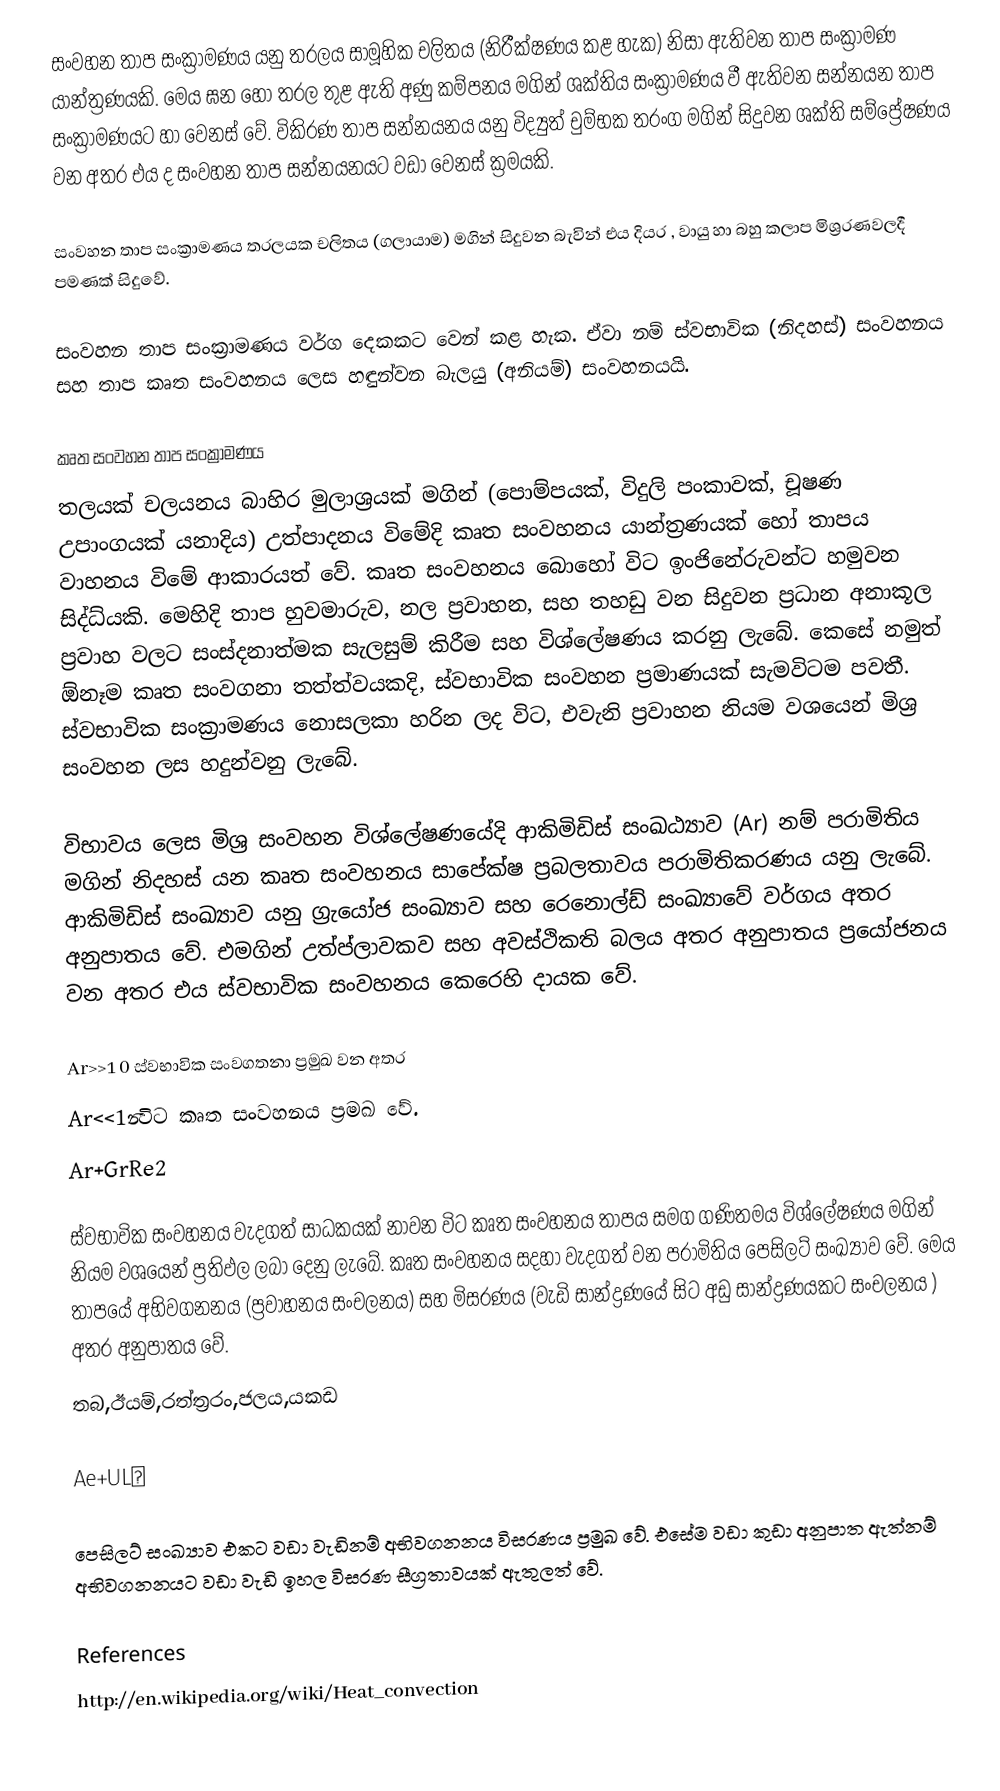
සංවහන තාප සංක්‍රාමණය යනු තරලය සාමූහික චලිතය (නිරීක්ෂණය කළ හැක) නිසා ඇතිවන තාප සංක්‍රාමණ යාන්ත්‍රණයකි. මෙය ඝන හෝ තරල තුළ ඇති අණු කම්පනය මගින් ශක්තිය සංක්‍රාමණය වී ඇතිවන සන්නයන තාප සංක්‍රාමණයට  හා වෙනස් වේ. විකිරණ තාප සන්නයනය යනු විද්‍යුත් චුම්භක තරංග මගින් සිදුවන ශක්ති සම්ප්‍රේෂණය වන අතර එය ද සංවහන තාප සන්නයනයට වඩා වෙනස් ක්‍රමයකි.

සංවහන තාප සංක්‍රාමණය තරලයක චලිතය (ගලායාම) මගින් සිදුවන බැවින් එය දියර , වායු හා බහු කලාප මිශ්‍රරණවලදී පමණක් සිදුවේ.

සංවහන තාප සංක්‍රාමණය වර්ග දෙකකට වෙන් කළ හැක. ඒවා නම් ස්වභාවික (නිදහස්) සංවහනය සහ තාප කෘත සංවහනය ලෙස හඳුන්වන බැලයු  (අනියම්)  සංවහනයයි.

කෘත සංවහන තාප සංක්‍රාමණය
තලයක් චලයනය බාහිර මුලාශ්‍රයක් මගින් (පොම්පයක්, විදුලි පංකාවක්, චූෂණ උපාංගයක් යනාදිය) උත්පාදනය විමේදි කෘත සංවහනය යාන්ත්‍රණයක් හෝ තාපය වාහනය විමේ ආකාරයත් වේ. කෘත සංවහනය බොහෝ විට ඉංජිනේරුවන්ට හමුවන සිද්ධ්යකි. මෙහිදි තාප හුවමාරුව, නල ප්‍රවාහන, සහ තහඩු වන සිදුවන ප්‍රධාන අනාකූල ප්‍රවාහ වලට සංස්දනාත්මක සැලසුම් කිරීම සහ විශ්ලේෂණය කරනු ලැබේ. කෙසේ නමුත් ඕනෑම කෘත සංවගනා තත්ත්වයකදි, ස්වභාවික සංවහන ප්‍රමාණයක් සැමවිටම පවතී. ස්වභාවික සංක්‍රාමණය නොසලකා හරින ලද විට, එවැනි ප්‍රවාහන නියම වශයෙන් මිශ්‍ර සංවහන ලස හදුන්වනු ලැබේ.

විභාවය ලෙස මිශ්‍ර සංවහන විශ්ලේෂණයේදි ආකිමිඩිස් සංඛඨ්‍යාව (Ar) නම් පරාමිතිය මගින් නිදහස් යන කෘත සංවහනය සාපේක්ෂ ප්‍රබලතාවය පරාමිතිකරණය යනු ලැබේ. ආකිමිඩිස්‍ සංඛ්‍යාව යනු ග්‍රැයෝජ සංඛ්‍යාව සහ රෙනොල්ඩ් සංඛ්‍යාවේ වර්ගය අතර අනුපාතය වේ. එමගින් උත්ප්ලාවකව සහ අවස්ථිකති බලය අතර අනුපාතය ප්‍රයෝජනය වන අතර එය ස්වභාවික සංවහනය කෙරෙහි දායක වේ.

Ar>>1 0 ස්වභාවික සංවගතනා ප්‍රමුඛ වන අතර
Ar<<1න්‍විට කෘත සංවහනය ප්‍රමඛ වේ.
Ar+GrRe2

ස්වභාවික සංවහනය වැදගත් සාධකයක් නාවන විට කෘත සංවහනය තාපය සමග ගණිතමය විශ්ලේෂණය මගින් නියම වශයෙන් ප්‍රතිඵල ලබා දෙනු ලැබේ. කෘත සංවහනය සදහා වැදගත් වන පරාමිතිය පෙසිලට් සංඛ්‍යාව වේ. මෙය තාපයේ අභිවගනනය (ප්‍රවාහනය සංචලනය) සහ මිසරණය (වැඩි සාන්ද්‍රණයේ සිට අඩු සාන්ද්‍රණයකට සංචලනය ‍) අතර අනුපාතය වේ.
තබ,ඊයම්,රත්ත්‍රරං,ජලය,යකඩ

Ae+ULα

පෙසිලට් සංඛ්‍යාව එකට වඩා වැඩිනම් අභිවගනනය විසරණය ප්‍රමුඛ වේ. එසේම වඩා කුඩා අනුපාත ඇත්නම් අභිවගනනයට වඩා වැඩි ඉහල විසරණ සීග්‍රතාවයක් ඇතුලත් වේ.

References
http://en.wikipedia.org/wiki/Heat_convection